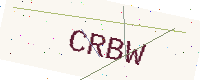
Text: CRBW